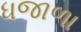
ધજાળા